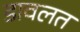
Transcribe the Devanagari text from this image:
डावलत